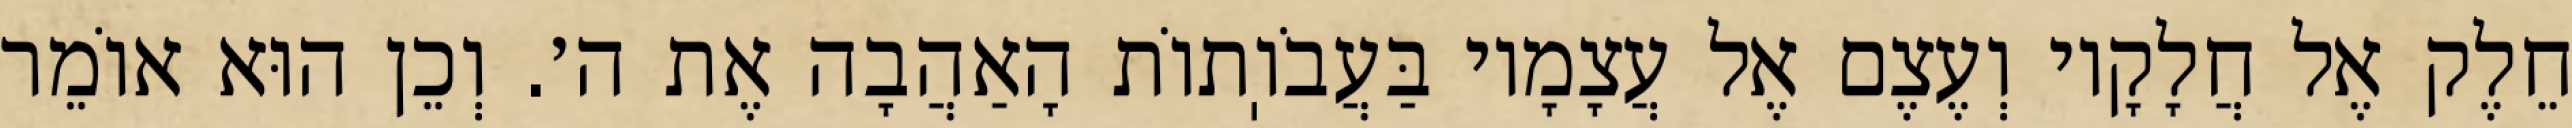
חֵלֶק אֶל חֲלָקָיו וְעֶצֶם אֶל עֲצָמָיו בַּעֲבֹוֽתוֹת הָאַהֲבָה אֶת ה׳. וְכֵן הוּא אוֹמֵר